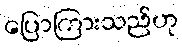
ပြောကြားသည်ဟု